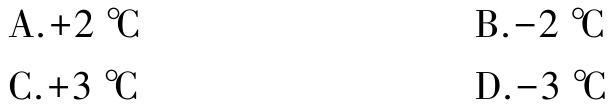
A.+2 \(\degree\mathrm{C}\)
B.−2 \(\degree\mathrm{C}\)
C.+3 \(\degree\mathrm{C}\)
D.−3 \(\degree\mathrm{C}\)